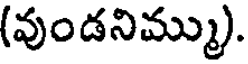
(వుండనిమ్ము).